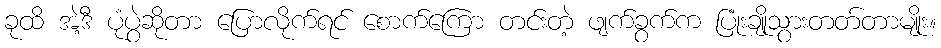
ခုထိ အဲ့ဒီ ပုံပွဲဆိုတာ ပြောလိုက်ရင် စောက်ကြော တင်းတဲ့ ဖျက်ခွက်က ပြုံးချိုသွားတတ်တာမျိုး။